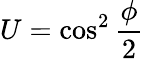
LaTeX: U=\cos^{2}{\frac{\phi}{2}}